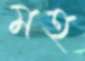
মহ